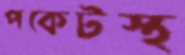
পকেটস্থ